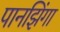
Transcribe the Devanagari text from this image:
पानझिंगा